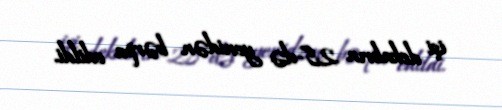
işi dekabrın 28-də yenidən bərpa edildi.